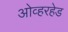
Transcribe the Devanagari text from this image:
ओव्हरहेड